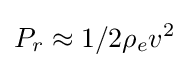
P_{r}\approx 1/2\rho _{e}v^{2}